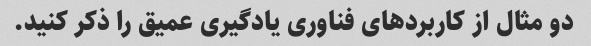
دو مثال از کاربردهای فناوری یادگیری عمیق را ذکر کنید.